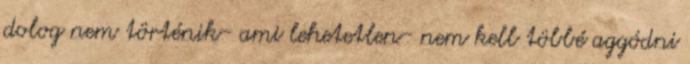
dolog nem történik- ami lehetetlen- nem kell többé aggódni